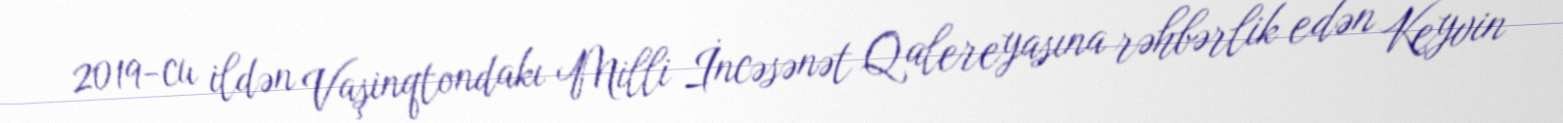
2019-cu ildən Vaşinqtondakı Milli İncəsənət Qalereyasına rəhbərlik edən Keyvin